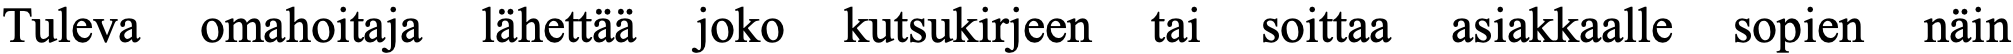
Tuleva omahoitaja lähettää joko kutsukirjeen tai soittaa asiakkaalle sopien näin